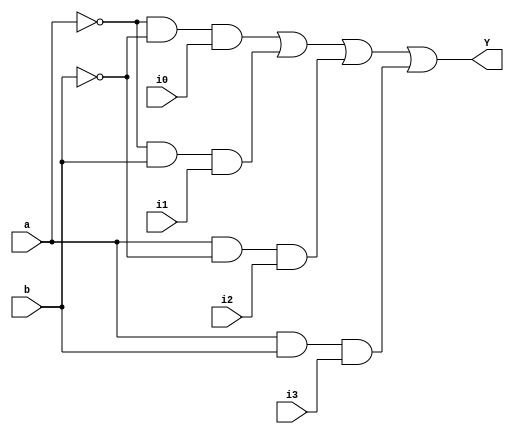
module multip_gate(Y, i0, i1, i2, i3, a, b);
output Y; 
input i0, i1, i2, i3, a, b;
wire w1, w2, w3, w4; 
and (w1, ~a, ~b, i0); 
and (w2, ~a, b, i1); 
and (w3, a, ~b, i2); 
and (w4, a, b, i3); 
or (Y, w1, w2, w3, w4); 
endmodule